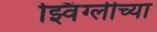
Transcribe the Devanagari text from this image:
झ्विंग्लीच्या